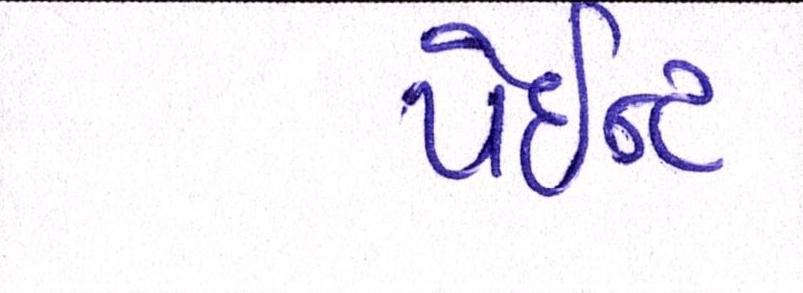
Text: પેઇન્ટ